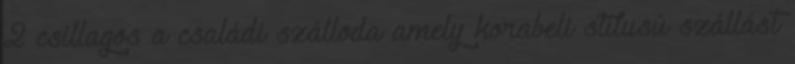
2 csillagos a családi szálloda amely korabeli stílusú szállást